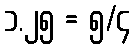
၁.၂၅ = ၅/၄